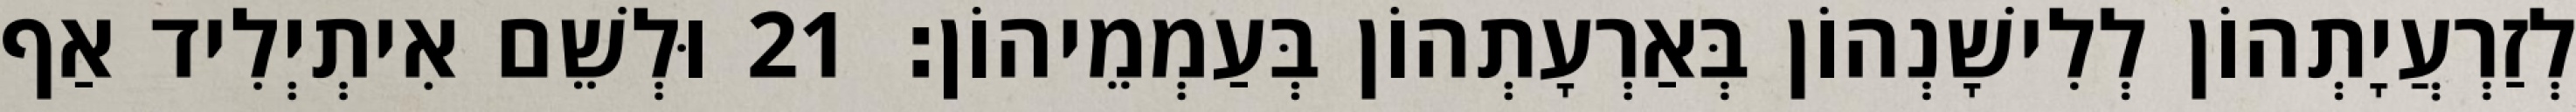
לְזַרְעֲיָתְהוֹן לְלִישָׁנְהוֹן בְּאַרְעָתְהוֹן בְּעַמְמֵיהוֹן׃ 21 וּלְשֵׁם אִיתְיְלִיד אַף